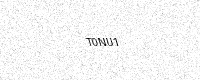
Text: T0NU1